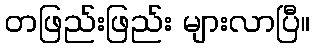
တဖြည်းဖြည်း များလာပြီ။